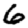
Digit: 6